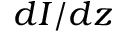
d I / d z